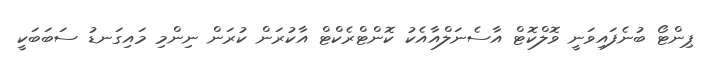
ޕިންޓޯ ބުނެފައިވަނީ ވޮލްކޮޓް އާސެނަލްއާއެކު ކޮންޓްރެކްޓް އާކުރަން ކުރަން ނިންމި މައިގަނޑު ސަބަބަކީ